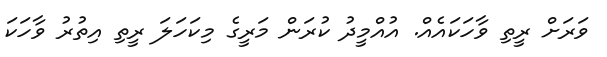
ވަރަށް ރީތި ވާހަކައެއް. އުއްމީދު ކުރަން މަރީގެ މިކަހަލަ ރީތި އިތުރު ވާހަކަ